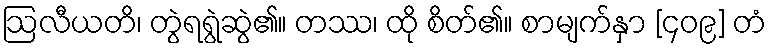
ဩလီယတိ၊ တွဲရရွဲဆွဲ၏။ တဿ၊ ထို စိတ်၏။ စာမျက်နှာ [၄၀၉] တံ